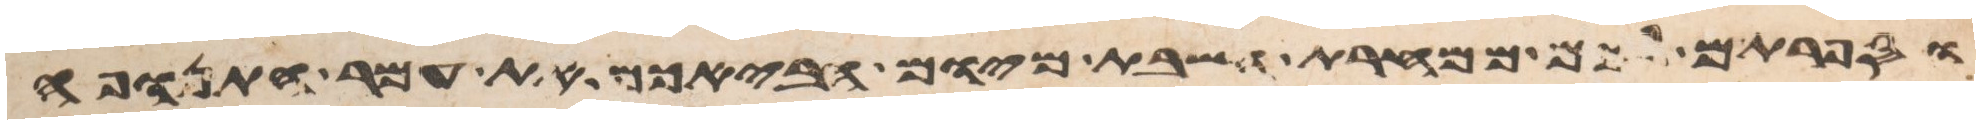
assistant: וספרתם לכם ממחרת השבת מיום הבאכם את עמר התנופה